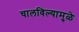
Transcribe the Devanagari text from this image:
चालविल्यामुळे